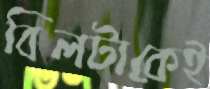
বিলটাকেই